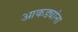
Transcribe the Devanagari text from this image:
आकड्यांना